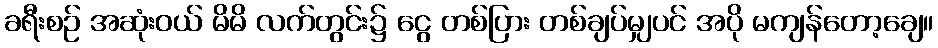
ခရီးစဉ် အဆုံးဝယ် မိမိ လက်တွင်း၌ ငွေ တစ်ပြား တစ်ချပ်မျှပင် အပို မကျန်တော့ချေ။